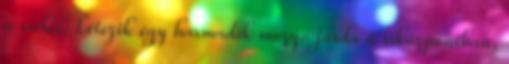
a síelés. Létezik egy harmadik mozgó járda a síközpontban,